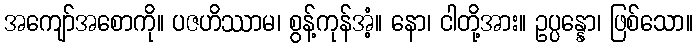
အကျော်အစောကို။ ပဇဟိဿာမ၊ စွန့်ကုန်အံ့။ နော၊ ငါတို့အား။ ဥပ္ပန္နော၊ ဖြစ်သော။